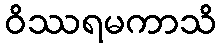
ဝိဿရမကာသိ